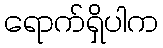
ရောက်ရှိပါက